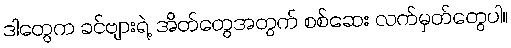
ဒါတွေက ခင်ဗျားရဲ့ အိတ်တွေအတွက် စစ်ဆေး လက်မှတ်တွေပါ။